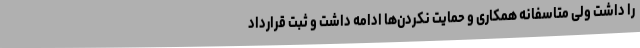
را داشت ولی متاسفانه همکاری و حمایت نکردن‌ها ادامه داشت و ثبت قرارداد